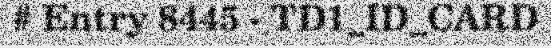
# Entry 8445 - TD1_ID_CARD